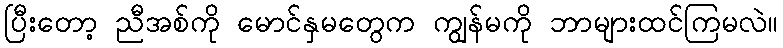
ပြီးတော့ ညီအစ်ကို မောင်နှမတွေက ကျွန်မကို ဘာများထင်ကြမလဲ။